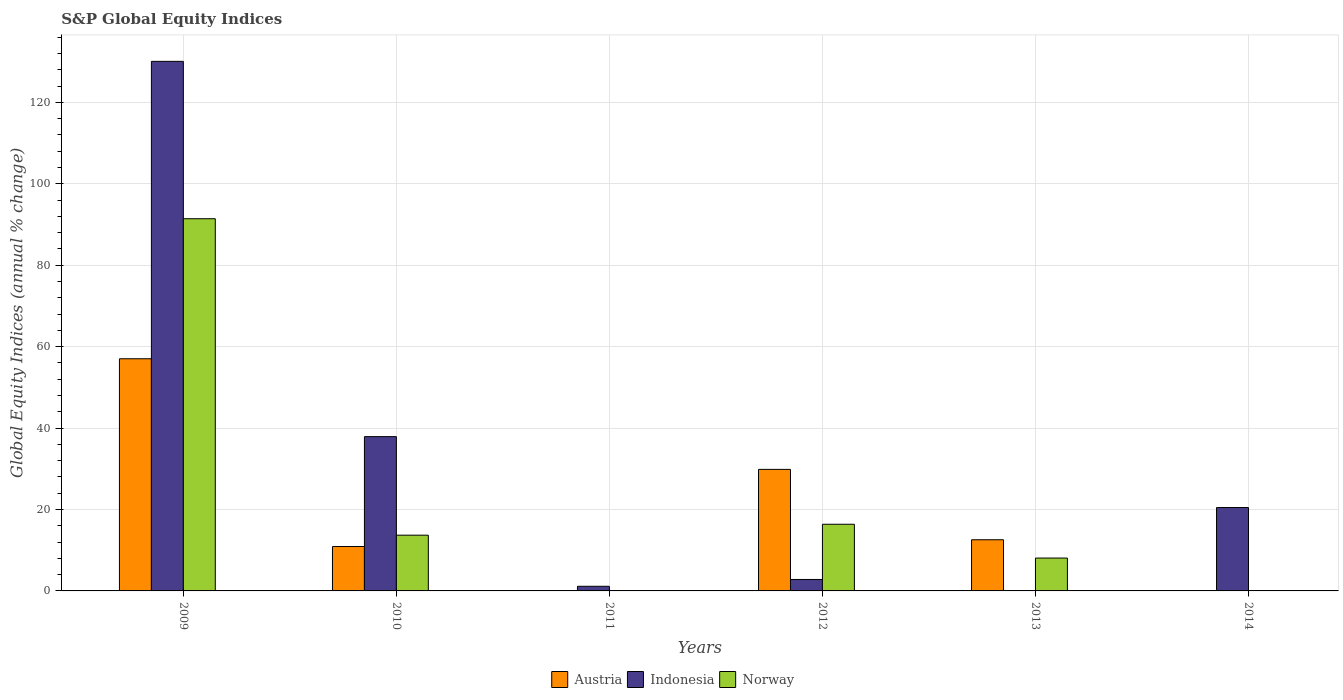
| Years | Austria | Indonesia | Norway |
 | --- | --- | --- | --- |
 | 2009 | 57 | 130 | 91.4 |
 | 2010 | 10.9 | 37.9 | 13.7 |
 | 2011 | -35.8 | 1.14 | -18.1 |
 | 2012 | 29.9 | 2.81 | 16.4 |
 | 2013 | 12.6 | -24.2 | 8.07 |
 | 2014 | -21.1 | 20.5 | -24.1 |